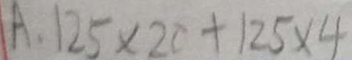
A . 1 2 5 \times 2 0 + 1 2 5 \times 4